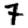
Digit: 7